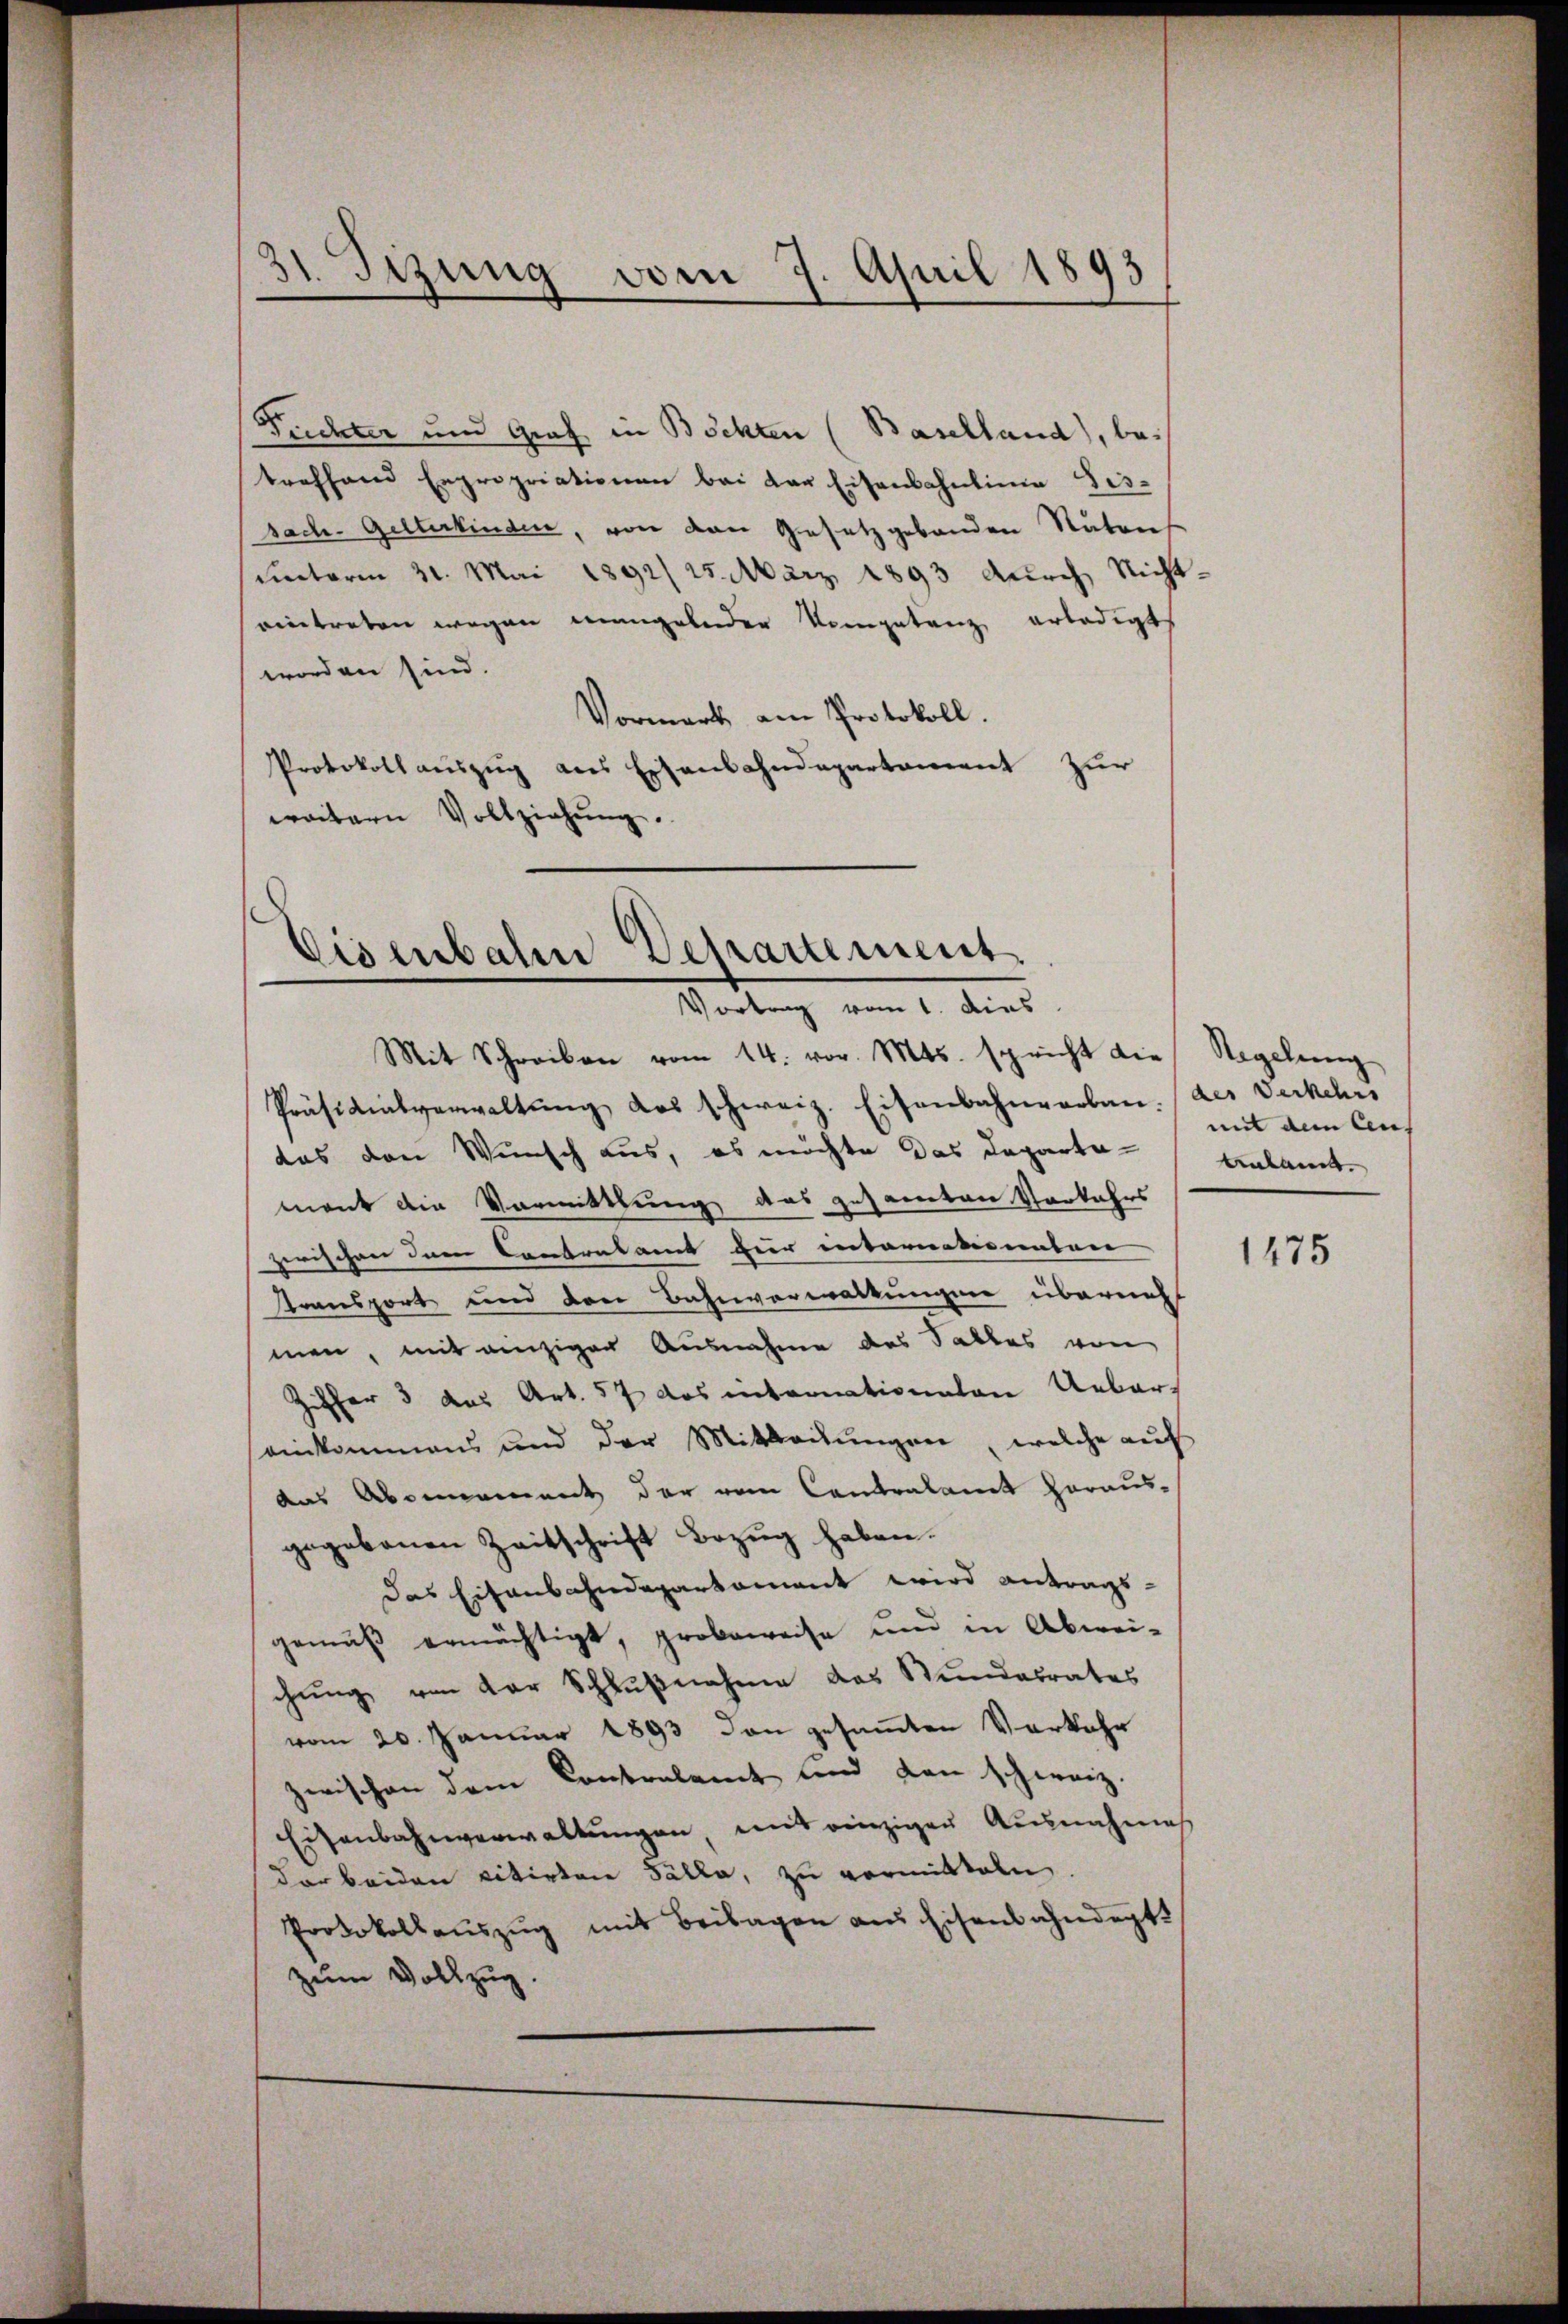
31. Sizung vom 7. April 1893

Tüchter und Graf in Böchten (Baselland, betreffend Expropriationen bei der Eisenbahnlinia Lis-
sach- Gelterkinden, von den Gesetzgebäuden Natons
unterm 31. Mai 1892/ 25. März 1893 durch Nichteintreten wegen mangeleider Kompetanz erledigt
worden sind.
Vormark am Protokoll.
Protokoll auszug aus Eisenbahndepartament zur
weitern Vollziehŭng.

Cisenbahn Departement.
Vortrag vom 1. dies

Mit Schreiben vom 14. vor. Mts. spricht die Regelung
Präsidialverwaltŭng das schweiz. Eisenbahnvorben. (des Verkehrs
das den Wunsch aus, es möchte das Departa-
mant die Vormittlung das gesamten Vorkehrs
zerischen dem Contralamt für internationaten
Transport und den Bahnverwaltungen übernah
men, mit einziger Ausnahme des Salles von
Ziffer 3 das Art. 57 das internationalen Uebereinkommens und der Mitteilŭngen, welche aŭf
das Abonnement der vom Contralamt heraus-
gegebauen Zeitschrift Bezug haben.
Das Eisenbahndepartament wird antrags-
gemäβ ermächtigt, probeweise und in Abwei-
chung von der Schlußnahme das Stundesrates
vom 20. Januar 1893 den gesamten Vorkehr
zwischen dem Contralamt und den schweiz.
Eisenbahnverwaltungen mit einzigen Ausnahmes
der beiden citirten Fälle, zu vormitteln.
Protokollaŭszŭg mit Beilagen aus Eisenbahndept
zum Vollzug.

mit dem Centalamt.

1475